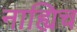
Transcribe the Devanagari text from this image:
नाह्यिच